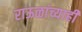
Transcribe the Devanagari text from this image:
राऊळांच्याही